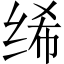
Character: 𫄨